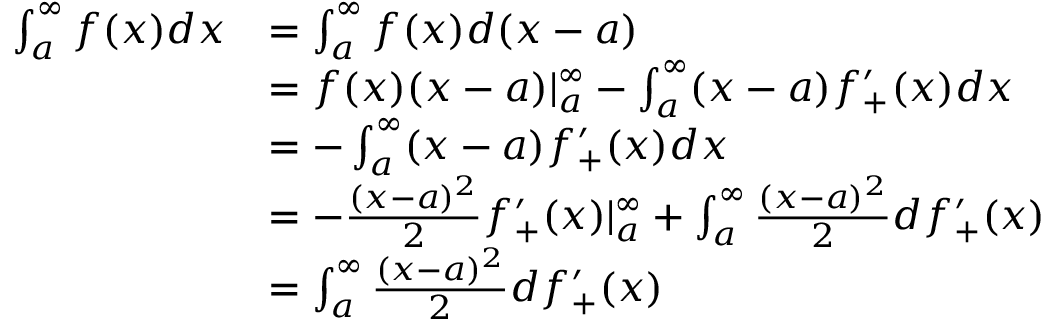
\begin{array} { r l } { \int _ { a } ^ { \infty } f ( x ) d x } & { = \int _ { a } ^ { \infty } f ( x ) d ( x - a ) } \\ & { = f ( x ) ( x - a ) | _ { a } ^ { \infty } - \int _ { a } ^ { \infty } ( x - a ) f _ { + } ^ { \prime } ( x ) d x } \\ & { = - \int _ { a } ^ { \infty } ( x - a ) f _ { + } ^ { \prime } ( x ) d x } \\ & { = - \frac { ( x - a ) ^ { 2 } } { 2 } f _ { + } ^ { \prime } ( x ) | _ { a } ^ { \infty } + \int _ { a } ^ { \infty } \frac { ( x - a ) ^ { 2 } } { 2 } d f _ { + } ^ { \prime } ( x ) } \\ & { = \int _ { a } ^ { \infty } \frac { ( x - a ) ^ { 2 } } { 2 } d f _ { + } ^ { \prime } ( x ) } \end{array}